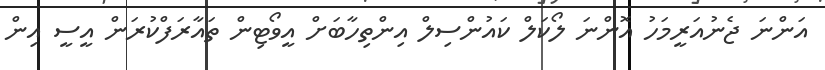
އަންނަ ޖެނުއަރީމަހު އޮންނަ ލޯކަލް ކައުންސިލް އިންތިހާބަށް އީވޯޓިން ތައާރަފްކުރަން އީސީ އިން